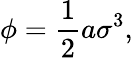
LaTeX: \phi=\frac{1}{2}a\sigma^{3},